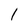
Character: 1